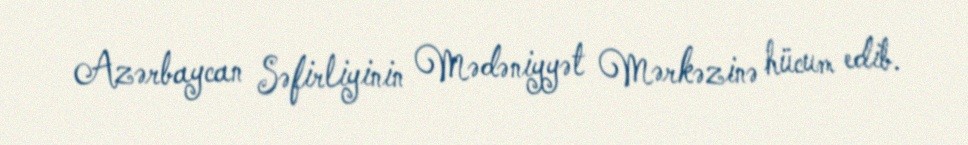
Azərbaycan Səfirliyinin Mədəniyyət Mərkəzinə hücum edib.